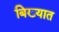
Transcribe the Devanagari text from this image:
बिख़्यात